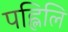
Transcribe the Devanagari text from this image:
पह्लिलि